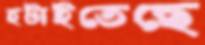
হটাইতেছে